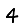
Digit: 4